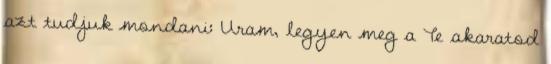
azt tudjuk mondani: Uram, legyen meg a Te akaratod